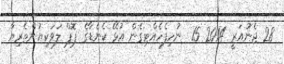
28 ޖެނުއަރީ 2014 15  ނުހިފެހެއްޓިގެން އުޅޭ ކެނެޑާގެ ޕޮޕް ލަވަކިޔުންތެރިޔާ